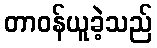
တာဝန်ယူခဲ့သည်